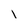
Character: I